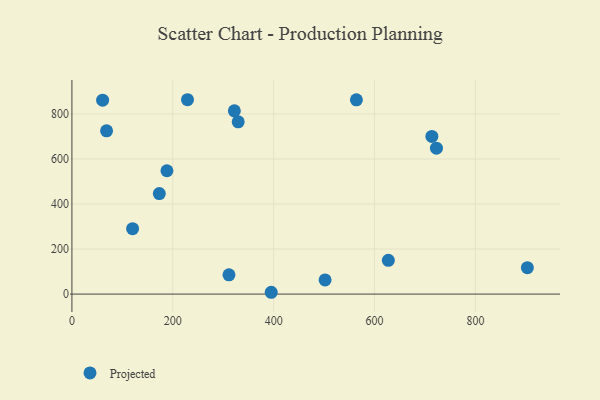
{"axis": {"x": "Price", "y": "Sales"}, "legend": ["Projected"], "data": [{"x": "68.7", "y": 724.8, "type": "Projected"}, {"x": "329.7", "y": 765.1, "type": "Projected"}, {"x": "311.4", "y": 85.5, "type": "Projected"}, {"x": "713.7", "y": 700.3, "type": "Projected"}, {"x": "120.3", "y": 290.4, "type": "Projected"}, {"x": "395.2", "y": 8.0, "type": "Projected"}, {"x": "722.8", "y": 647.9, "type": "Projected"}, {"x": "502.0", "y": 62.9, "type": "Projected"}, {"x": "903.1", "y": 117.3, "type": "Projected"}, {"x": "188.4", "y": 547.7, "type": "Projected"}, {"x": "60.9", "y": 861.3, "type": "Projected"}, {"x": "564.1", "y": 862.7, "type": "Projected"}, {"x": "229.2", "y": 863.1, "type": "Projected"}, {"x": "627.4", "y": 149.7, "type": "Projected"}, {"x": "173.3", "y": 446.2, "type": "Projected"}, {"x": "322.1", "y": 813.7, "type": "Projected"}]}